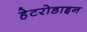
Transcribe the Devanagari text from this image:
हेटरोडाइन